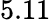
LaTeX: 5.11